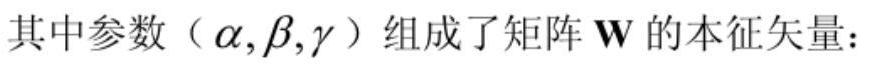
其中参数（$\alpha,\beta,\gamma$）组成了矩阵 $\mathbf{W}$ 的本征矢量：